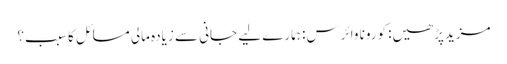
مزیدپڑھیں: کورونا وائرس: ہمارے لیے جانی سے زیادہ مالی مسائل کا سبب؟